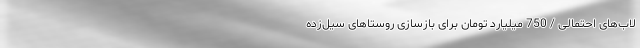
لاب‌های احتمالی / 750 میلیارد تومان برای بازسازی روستاهای سیل‌زده